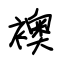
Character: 襖